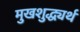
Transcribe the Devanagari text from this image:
मुखशुद्ध्यर्थ